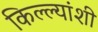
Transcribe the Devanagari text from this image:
किल्ल्यांशी